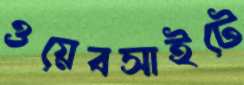
ওয়েবসাইটে